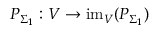
P _ { \Sigma _ { 1 } } : V \to \mathrm { i m } _ { V } ( P _ { \Sigma _ { 1 } } )